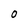
Character: 0